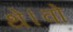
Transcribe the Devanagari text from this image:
थे।वो